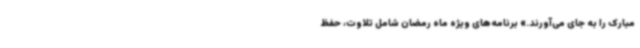
مبارک را به جای می‌آورند.» برنامه‌های ویژه ماه رمضان شامل تلاوت، حفظ